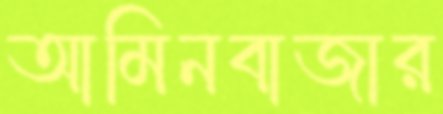
আমিনবাজার